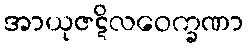
အာယုဇဋိလဝေက္ခဏာ